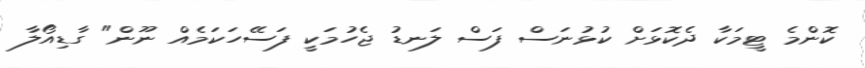
ކޮންމެ ޓީމަކާ ދެކޮޅަށް ކުޅުނަސް ފަސް ލަނޑު ޖެހުމަކީ ފަސޭހަކަމެއް ނޫން" ގާޑިއޯލާ